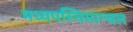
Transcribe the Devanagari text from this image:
मध्यपस्चिमान्चल